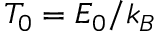
T _ { 0 } = E _ { 0 } / k _ { B }